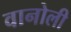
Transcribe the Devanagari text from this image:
वानोली